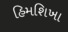
હિમશિખા